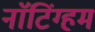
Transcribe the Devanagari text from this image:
नाॅटिंग्हम